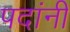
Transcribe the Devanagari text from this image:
पदांनी